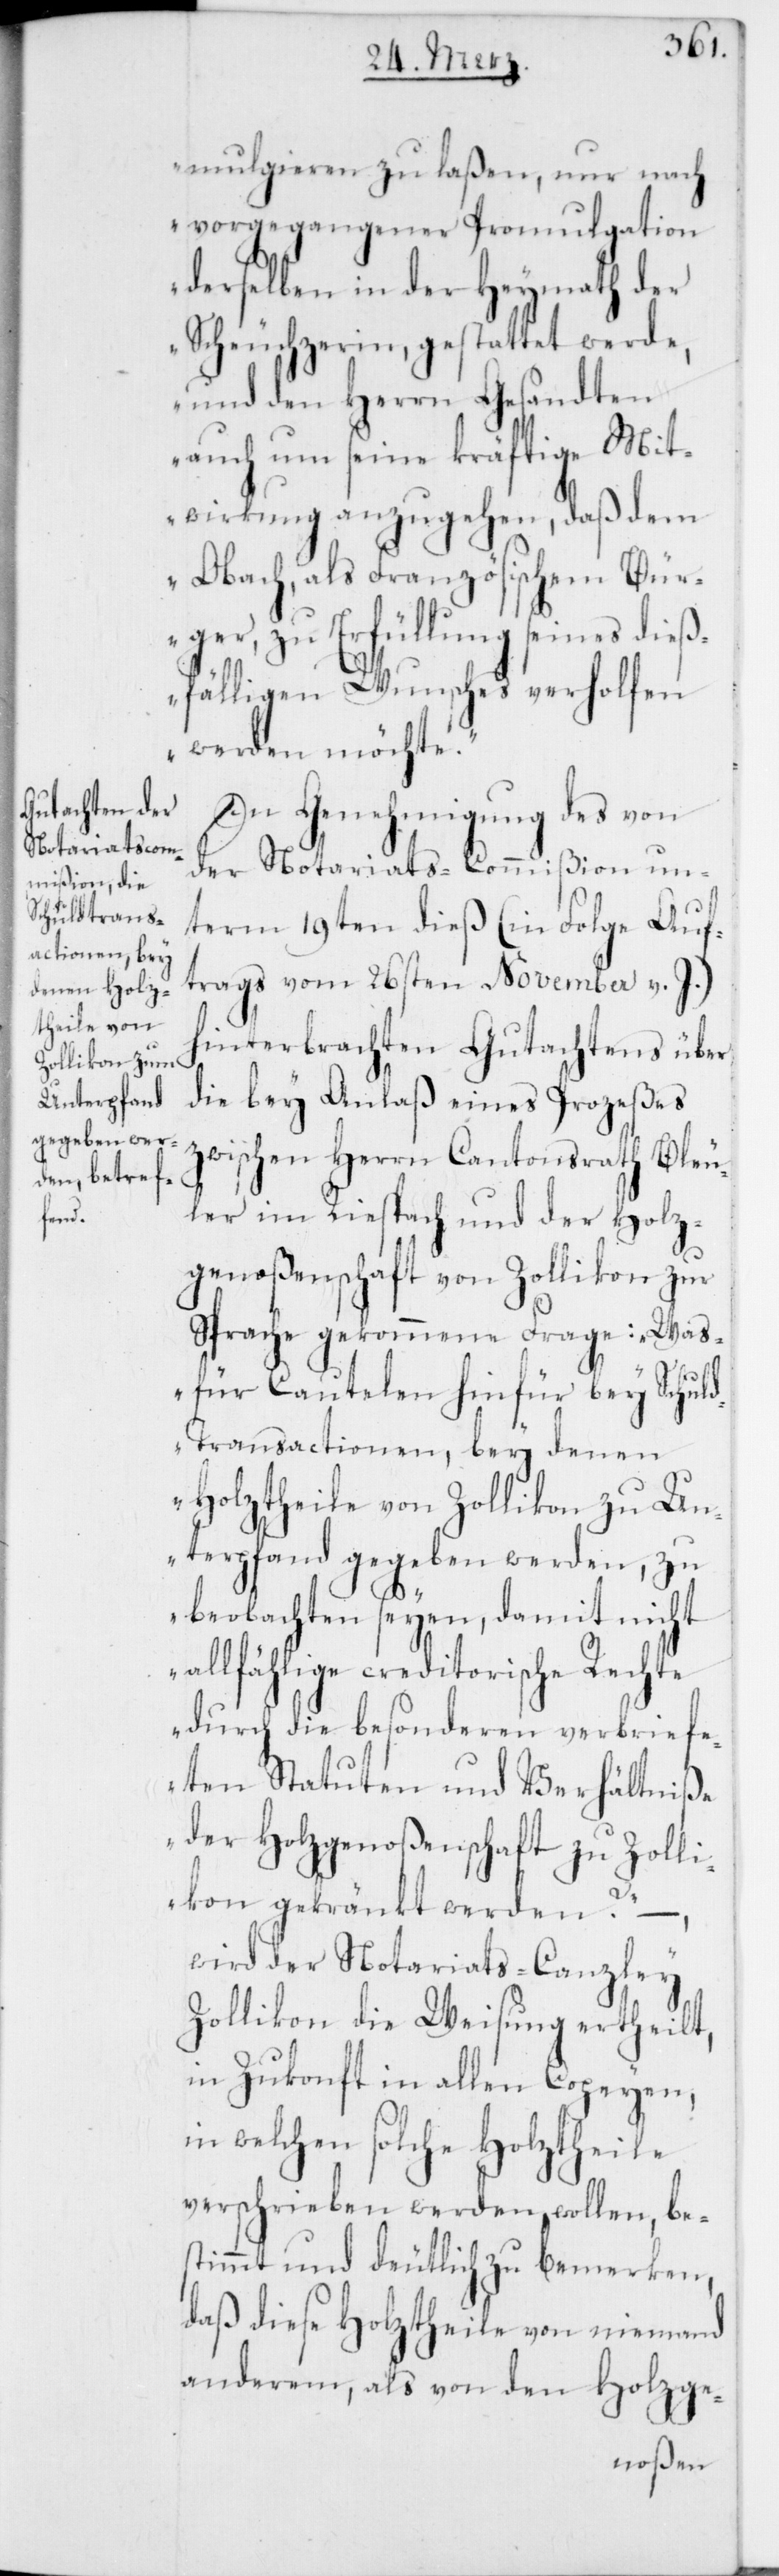
mulgieren zu laßen, nur nach
vorgegangener Promulgation
derselben in der Heymath der
Scheuchzerin, gestattet werde,
und den Herrn Gesandten
auch um seine kräftige Mit¬
wirkung anzugehen, daß dem
Obach, als Französischem Bür¬
ger, zu Erfüllung seines dieß¬
fälligen Wunsches verholfen
werden möchte.“
In Genehmigung des von
der Notariats-Commißion un¬
term 19ten dieß (in Folge Auf¬
trags vom 26sten November v. J.)
hinterbrachten Gutachtens über
die bey Anlaß eines Prozeßes
zwischen Herrn Cantonsrath Bleu¬
ler im Riespach und der Holz¬
genoßenschaft von Zollikon zur
Sprache gekommene Frage: „Was
für Cautelen hinfür bey Schuld¬
transactionen, bey denen
Holztheile von Zollikon zu Un¬
terpfand gegeben werden, zu
beobachten seyen, damit nicht
allfählige creditorische Rechte
durch die besonderen verbriefe¬
ten Statuten und Verhältniße
der Holzgenoßenschaft zu Zolli¬
kon gekränkt werden?“ –
wird der Notariats-Canzley
Zollikon die Weisung ertheilt,
in Zukonft in allen Copeyen,
in welchen solche Holztheile
verschrieben werden wollen, be¬
stimmt und deutlich zu bemerken,
daß diese Holztheile von niemand
anderem, als von den Holzge-